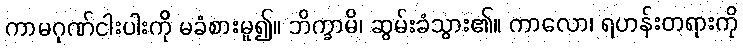
ကာမဂုဏ်ငါးပါးကို မခံစားမူ၍။ ဘိက္ခာမိ၊ ဆွမ်းခံသွား၏။ ကာလော၊ ရဟန်းတရားကို